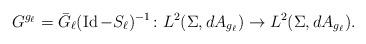
LaTeX: \begin{align*}G^{g_{\ell}}=\bar G_{\ell}(\operatorname{Id}-S_{\ell})^{-1}\colon L^2(\Sigma,dA_{g_{\ell}})\to L^2(\Sigma,dA_{g_{\ell}}).\end{align*}